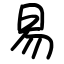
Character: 易